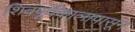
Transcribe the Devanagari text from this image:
शिवपूर्वकालापासून